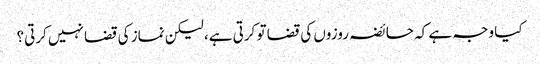
کیا وجہ ہے کہ حائضہ روزوں کی قضا تو کرتی ہے، لیکن نماز کی قضا نہیں کرتی؟